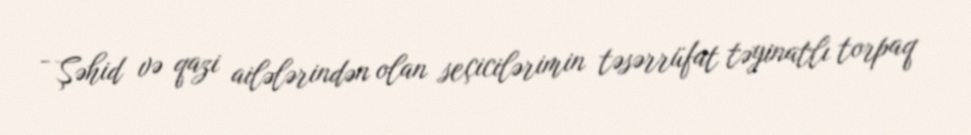
- Şəhid və qazi ailələrindən olan seçicilərimin təsərrüfat təyinatlı torpaq